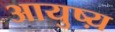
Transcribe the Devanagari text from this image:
आयुष्य़